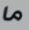
ما